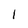
Character: 1